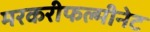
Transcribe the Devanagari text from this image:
मरकरीफल्मीनेट